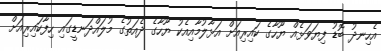
އެހިނދު ބޮޑު ފިޔަވަޅެއް ޔޫހާގެ ކައިރިއަށް އަޅާލުމާއިއެކު ޔޫހާގެ ދެއަތުގެ މުލައްދަނޑީގައި ހިފާކައިރިއަށް